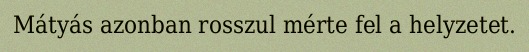
Mátyás azonban rosszul mérte fel a helyzetet.